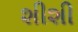
શીશી